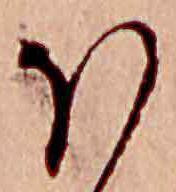
ほ